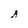
Character: A